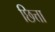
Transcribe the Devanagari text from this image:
छित्ता